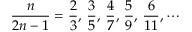
{ \frac { n } { 2 n - 1 } } = { \frac { 2 } { 3 } } , \, { \frac { 3 } { 5 } } , \, { \frac { 4 } { 7 } } , \, { \frac { 5 } { 9 } } , \, { \frac { 6 } { 1 1 } } , \cdots